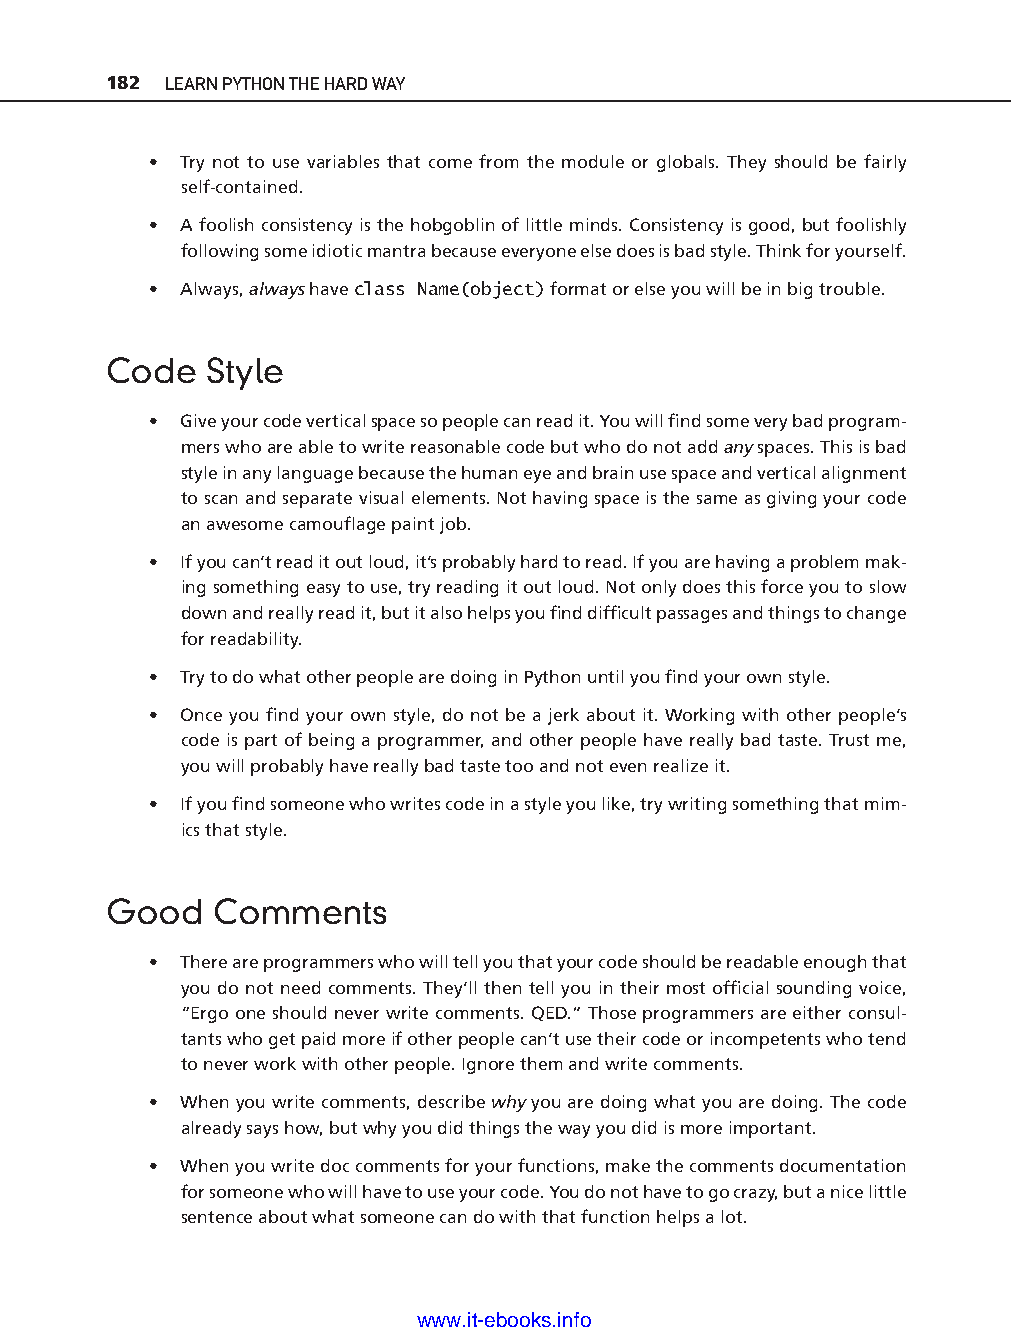
182 LEARN PYTHON THE HARD WAY
 • Try not to use variables that come from the module or globals. They should be fairly
 self- contained.
 • A foolish consistency is the hobgoblin of little minds. Consistency is good, but foolishly
 following some idiotic mantra because everyone else does is bad style. Think for yourself.
 • Always, always have class Name(object) format or else you will be in big trouble.
 Code   Style
 • Give your code vertical space so people can read it. You will fi nd some very bad program-
 mers who are able to write reasonable code but who do not add any spaces. This is bad
 style in any language because the human eye and brain use space and vertical alignment
 to scan and separate visual elements. Not having space is the same as giving your code
 an awesome camoufl age paint job.
 • If you can’t read it out loud, it’s probably hard to read. If you are having a problem mak-
 ing something easy to use, try reading it out loud. Not only does this force you to slow
 down and really read it, but it also helps you fi nd diffi cult passages and things to change
 for readability.
 • Try to do what other people are doing in Python until you fi nd your own style. ptg11539604
 • Once you fi nd your own style, do not be a jerk about it. Working with other people’s
 code is part of being a programmer, and other people have really bad taste. Trust me,
 you will probably have really bad taste too and not even realize it.
 • If you fi nd someone who writes code in a style you like, try writing something that mim-
 ics that style.
 Good   Comments
 • There are programmers who will tell you that your code should be readable enough that
 you do not need comments. They’ll then tell you in their most offi cial sounding voice,
 “Ergo one should never write comments. QED.” Those programmers are either consul-
 tants who get paid more if other people can’t use their code or incompetents who tend
 to never work with other people. Ignore them and write comments.
 • When you write comments, describe why you are doing what you are doing. The code
 already says how, but why you did things the way you did is more important.
 • When you write doc comments for your functions, make the comments documentation
 for someone who will have to use your code. You do not have to go crazy, but a nice little
 sentence about what someone can do with that function helps a lot.
 www.it-ebooks.info